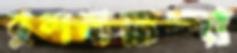
ঝুলবারান্দা